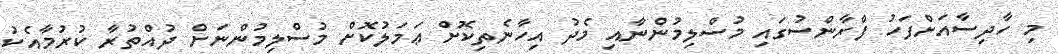
މި ހާދިސާއަށްފަހު ފްރާންސުގައި މުސްލިމުންނާއި މެދު އިހާނެތިކޮށް ޢަމަލުކޮށް މުސްލިމުންނަށް ދުއްތުރާ ކުރުމާއެކު